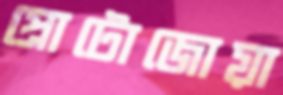
প্রোটোজোয়া